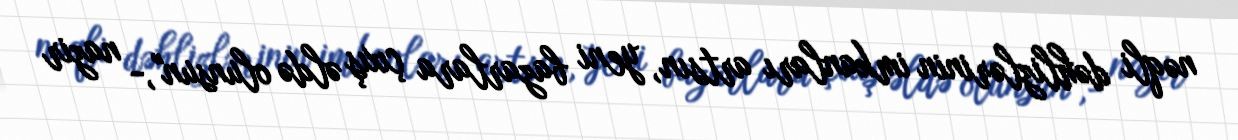
nəqli dəhlizlərinin imkanları artsın, yeni bazarlara çıxış əldə olunsun",- nazir